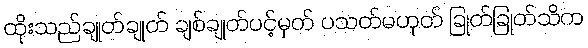
ထိုးသည်ချုတ်ချုတ် ချစ်ချုတ်ပင့်မှတ် ပသတ်မဟုတ် ခြုတ်ခြုတ်သိက